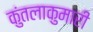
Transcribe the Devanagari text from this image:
कुंतलाकुमारी